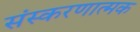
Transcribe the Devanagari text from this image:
संस्करणात्मक